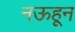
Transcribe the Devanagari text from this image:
नऊहून